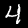
Label: 4